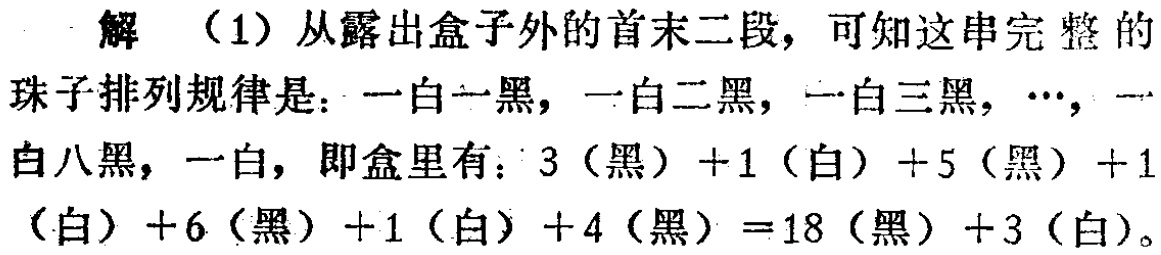
解 （1）从露出盒子外的首末二段，可知这串完整的珠子排列规律是：一白一黑，一白二黑，一白三黑，$\cdots$，一白八黑，一白，即盒里有：$3$（黑）$ + 1$（白）$+5$（黑）$+1$（白）$+6$（黑）$+1$（白）$+4$（黑）$=18$（黑）$+3$（白）。